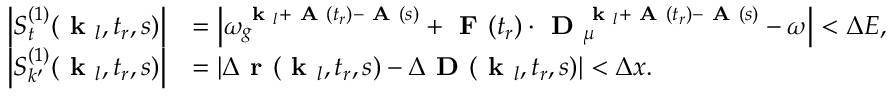
\begin{array} { r l } { \left| S _ { t } ^ { ( 1 ) } ( \textbf { k } _ { l } , t _ { r } , s ) \right| } & { = \left| \omega _ { g } ^ { \textbf { k } _ { l } + \textbf { A } ( t _ { r } ) - \textbf { A } ( s ) } + \textbf { F } ( t _ { r } ) \cdot \textbf { D } _ { \mu } ^ { \textbf { k } _ { l } + \textbf { A } ( t _ { r } ) - \textbf { A } ( s ) } - \omega \right| < \Delta E , } \\ { \left| S _ { k ^ { \prime } } ^ { ( 1 ) } ( \textbf { k } _ { l } , t _ { r } , s ) \right| } & { = \left| \Delta \textbf { r } ( \textbf { k } _ { l } , t _ { r } , s ) - \Delta \textbf { D } ( \textbf { k } _ { l } , t _ { r } , s ) \right| < \Delta x . } \end{array}